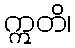
ဣတိ၊